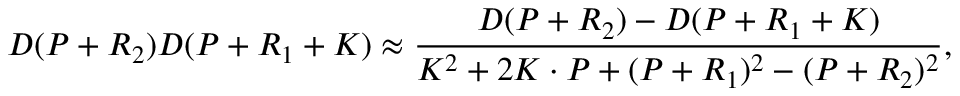
D ( P + R _ { 2 } ) D ( P + R _ { 1 } + K ) \approx \frac { D ( P + R _ { 2 } ) - D ( P + R _ { 1 } + K ) } { K ^ { 2 } + 2 K \cdot P + ( P + R _ { 1 } ) ^ { 2 } - ( P + R _ { 2 } ) ^ { 2 } } ,